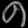
Digit: ၈